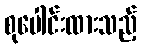
စုပေါင်းထားသည့်